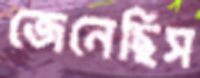
জেনেছিস